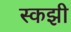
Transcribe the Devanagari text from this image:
स्कझी